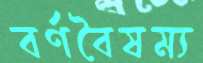
বর্ণবৈষম্য